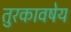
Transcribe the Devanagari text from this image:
तुरकावषेय